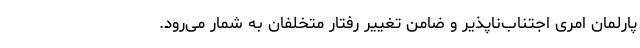
پارلمان امری اجتناب‌ناپذیر و ضامن تغییر رفتار متخلفان به شمار می‌رود.